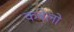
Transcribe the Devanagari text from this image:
कबेलो